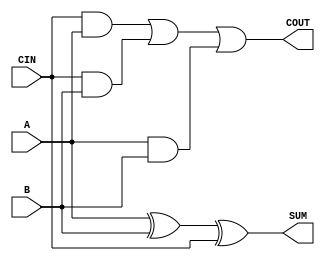
`timescale 1ns / 1ps
//////////////////////////////////////////////////////////////////////////////////
// Company: 
// Engineer: 
// 
// Design Name: 
// Module Name: Mbledhesi
// Project Name: 
// Target Devices: 
// Tool Versions: 
// Description: 
// 
// Dependencies: 
// 
// Revision:
// Revision 0.01 - File Created
// Additional Comments:
// 
//////////////////////////////////////////////////////////////////////////////////


module Mbledhesi(
    input A,
    input B,
    input CIN,
    output SUM,
    output COUT
    );

    assign SUM = A ^ B ^ CIN; //Tabela e vertetesis
    assign COUT = (CIN & A) | (CIN & B) | (A & B); //Tabela e vertetesis
endmodule